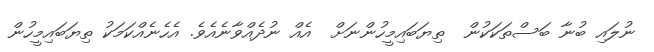
ނުލައި ބުނާ ބަސްތަކަކުން  ތިޔަބައިމީހުންނަށް  އެއް ނުދެއްވާނެއެވެ. އެހެނެއްކަމަކު ތިޔަބައިމީހުން